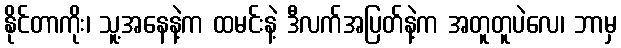
နိုင်တာကိုး၊ သူ့အနေနဲ့က ထမင်းနဲ့ ဒီလက်အပြတ်နဲ့က အတူတူပဲလေ၊ ဘာမှ